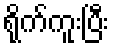
ရိုက်ကူးပြီး